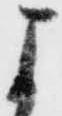
よ